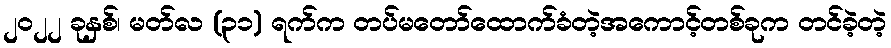
၂၀၂၂ ခုနှစ်၊ မတ်လ (၃၁) ရက်က တပ်မတော်ထောက်ခံတဲ့အကောင့်တစ်ခုက တင်ခဲ့တဲ့